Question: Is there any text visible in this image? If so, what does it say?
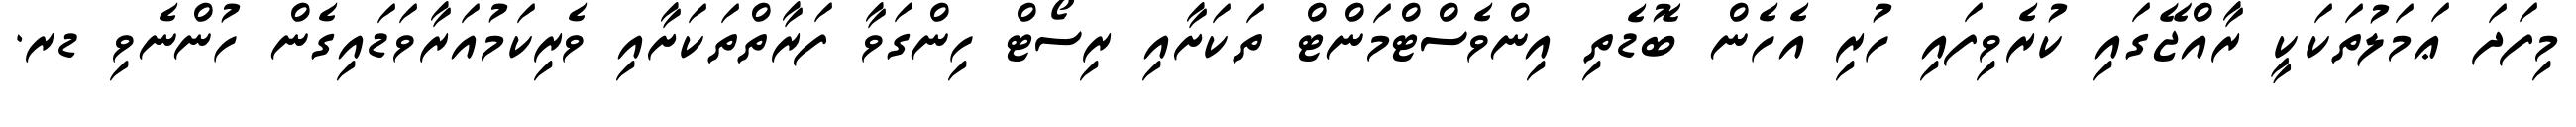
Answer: މިފަދަ ޢަމަލުތަކަކީ ރާއްޖޭގައި ކުރެވިފައި ހުރި އެހެން ބޮޑެތި އިންވެސްޓްމަންޓް ތަކަށާއި ރިސޯޓް ހިންގަވާ ފަރާތްތަކަށާއި ވެރިކަމުއަރާވަޑައިގެން ހުންނެވި ޑރ.